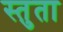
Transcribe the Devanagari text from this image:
स्तुता